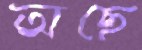
অছে